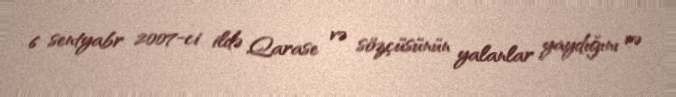
6 sentyabr 2007-ci ildə Qarase və sözçüsünün yalanlar yaydığını və